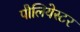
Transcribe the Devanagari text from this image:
पौलियेस्टर